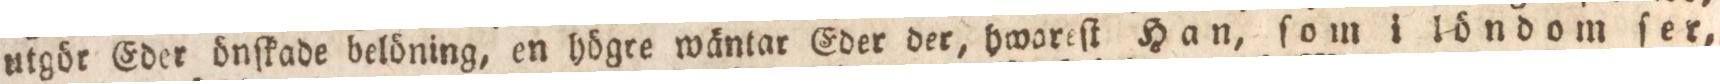
utgör Eder önſkade belöning, en högre wäntar Eder der, hwareſt Han, ſom i löndom ſer,